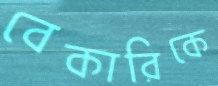
বেকারিকে